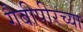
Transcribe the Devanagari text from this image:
गैबीपीरच्या